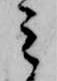
ミ